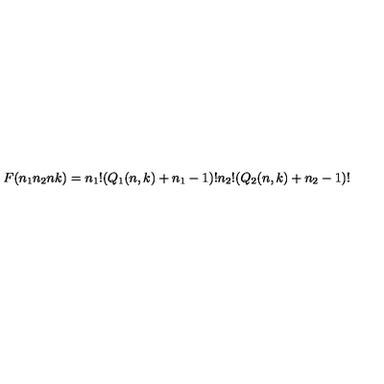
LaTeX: F ( n _ { 1 } n _ { 2 } n k ) = n _ { 1 } ! ( Q _ { 1 } ( n , k ) + n _ { 1 } - 1 ) ! n _ { 2 } ! ( Q _ { 2 } ( n , k ) + n _ { 2 } - 1 ) !